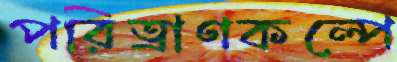
পরিত্রাণকল্পে